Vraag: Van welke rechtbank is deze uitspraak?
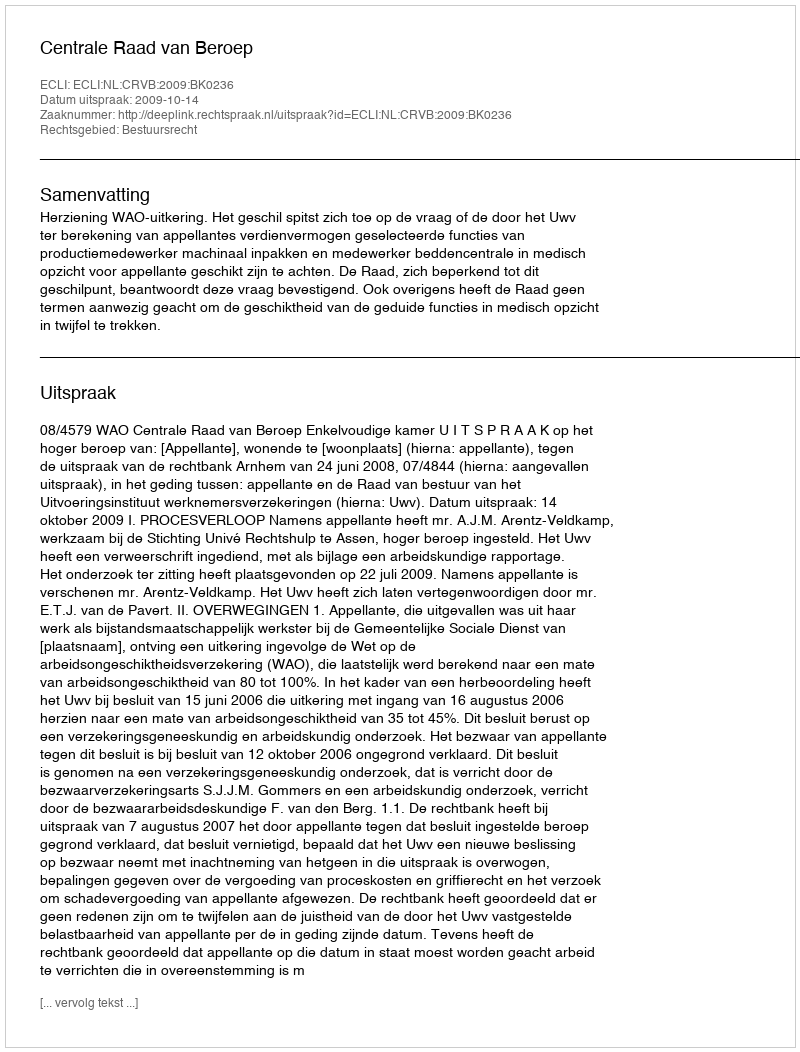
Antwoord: Centrale Raad van Beroep